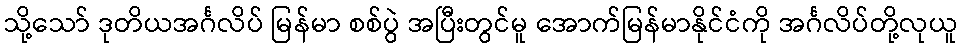
သို့သော် ဒုတိယအင်္ဂလိပ် မြန်မာ စစ်ပွဲ အပြီးတွင်မူ အောက်မြန်မာနိုင်ငံကို အင်္ဂလိပ်တို့လုယူ